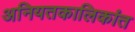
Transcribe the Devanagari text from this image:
अनियतकालिकांत